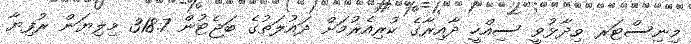
މިނިސްޓަރ ވިދާޅުވީ ސިއްހީ ދާއިރާގެ ކުރިއެރުމަށް ދައުލަތުގެ ބަޖެޓުން 318.7 މިލިޔަން ރުފިޔާ